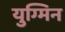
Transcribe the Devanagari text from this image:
युग्मिन